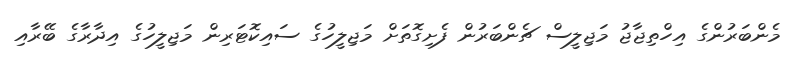
މެންބަރުންގެ އިހްތިޖާޖު މަޖިލީސް ޗެންބަރުން ފެށިގޮތަށް މަޖިލީހުގެ ސައިކޮޓަރިން މަޖިލީހުގެ އިދާރާގެ ބޭރާއި